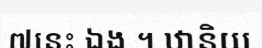
៧នេះ ឯង ។ ឋានិយ